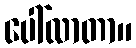
ပေါ်လာတာ။